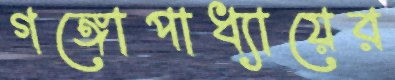
গঙ্গোপাধ্যায়ের